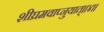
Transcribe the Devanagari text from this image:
शीघ्रमवाप्नुयात्॥४॥